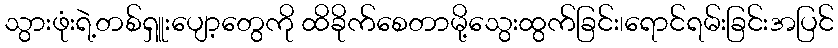
သွားဖုံးရဲ့တစ်ရှူးပျော့တွေကို ထိခိုက်စေတာမို့သွေးထွက်ခြင်း၊ရောင်ရမ်းခြင်းအပြင်